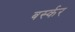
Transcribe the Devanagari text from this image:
बर्स्कर